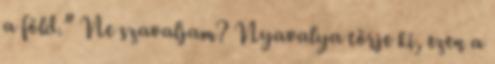
a föld.” Ne szavaljam? Nyavalya törje ki, ezen a